Proceedings of the meeting of veterinary officers in India
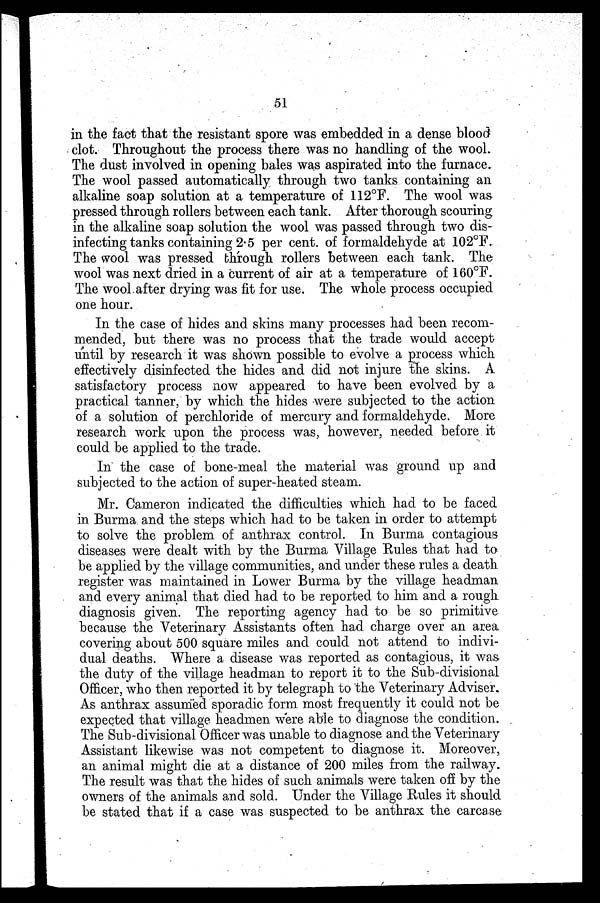
51
in the fact that the resistant spore was embedded in a dense blood
clot. Throughout the process there was no handling of the wool.
The dust involved in opening bales was aspirated into the furnace.
The wool passed automatically through two tanks containing an
alkaline soap solution at a temperature of 112ºF. The wool was
pressed through rollers between each tank. After thorough scouring
in the alkaline soap solution the wool was passed through two dis-
infecting tanks containing 2.5 per cent. of formaldehyde at 102ºF.
The wool was pressed through rollers between each tank. The
wool was next dried in a current of air at a temperature of 160ºF.
The wool after drying was fit for use. The whole process occupied
one hour.
In the case of hides and skins many processes had been recom-
mended, but there was no process that the trade would accept
until by research it was shown possible to evolve a process which
effectively disinfected the hides and did not injure the skins. A
satisfactory process now appeared to have been evolved by a
practical tanner, by which the hides were subjected to the action
of a solution of perchloride of mercury and formaldehyde. More
research work upon the process was, however, needed before it
could be applied to the trade.
In the case of bone-meal the material was ground up and
subjected to the action of super-heated steam.
Mr. Cameron indicated the difficulties which had to be faced
in Burma and the steps which had to be taken in order to attempt
to solve the problem of anthrax control. In Burma contagious
diseases were dealt with by the Burma Village Rules that had to
be applied by the village communities, and under these rules a death
register was maintained in Lower Burma by the village headman
and every animal that died had to be reported to him and a rough
diagnosis given. The reporting agency had to be so primitive
because the Veterinary Assistants often had charge over an area
covering about 500 square miles and could not attend to indivi-
dual deaths. Where a disease was reported as contagious, it was
the duty of the village headman to report it to the Sub-divisional
Officer, who then reported it by telegraph to the Veterinary Adviser.
As anthrax assumed sporadic form most frequently it could not be
expected that village headmen were able to diagnose the condition.
The Sub-divisional Officer was unable to diagnose and the Veterinary
Assistant likewise was not competent to diagnose it. Moreover,
an animal might die at a distance of 200 miles from the railway.
The result was that the hides of such animals were taken off by the
owners of the animals and sold. Under the Village Rules it should
be stated that if a case was suspected to be anthrax the carcase